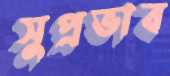
সুপ্রভাব